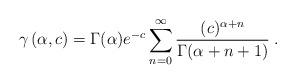
LaTeX: \begin{align*}\gamma\left(\alpha,c\right)=\Gamma(\alpha)e^{-c}\sum_{n=0}^\infty\frac{(c)^{\alpha+n}}{\Gamma(\alpha+n+1)}\;.\end{align*}